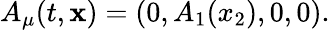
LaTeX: A_{\mu}(t,{\mathbf x})=(0,A_{1}(x_{2}),0,0).